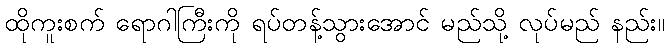
ထိုကူးစက် ရောဂါကြီးကို ရပ်တန့်သွားအောင် မည်သို့ လုပ်မည် နည်း။